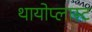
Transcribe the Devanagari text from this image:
थायोप्लास्ट